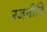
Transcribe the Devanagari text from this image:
रजनीति